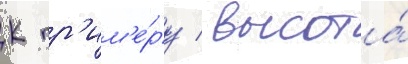
К пр'им'е́ру / высота́